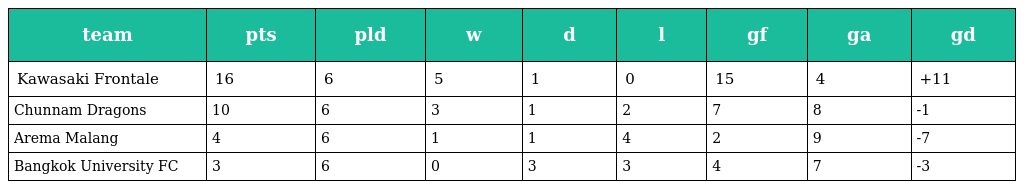
| team | pts | pld | w | d | l | gf | ga | gd |
 | --- | --- | --- | --- | --- | --- | --- | --- | --- |
 | Kawasaki Frontale | 16 | 6 | 5 | 1 | 0 | 15 | 4 | +11 |
 | Chunnam Dragons | 10 | 6 | 3 | 1 | 2 | 7 | 8 | -1 |
 | Arema Malang | 4 | 6 | 1 | 1 | 4 | 2 | 9 | -7 |
 | Bangkok University FC | 3 | 6 | 0 | 3 | 3 | 4 | 7 | -3 |